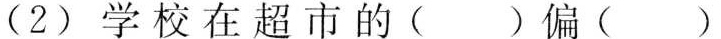
(2)学校在超市的( )偏( )